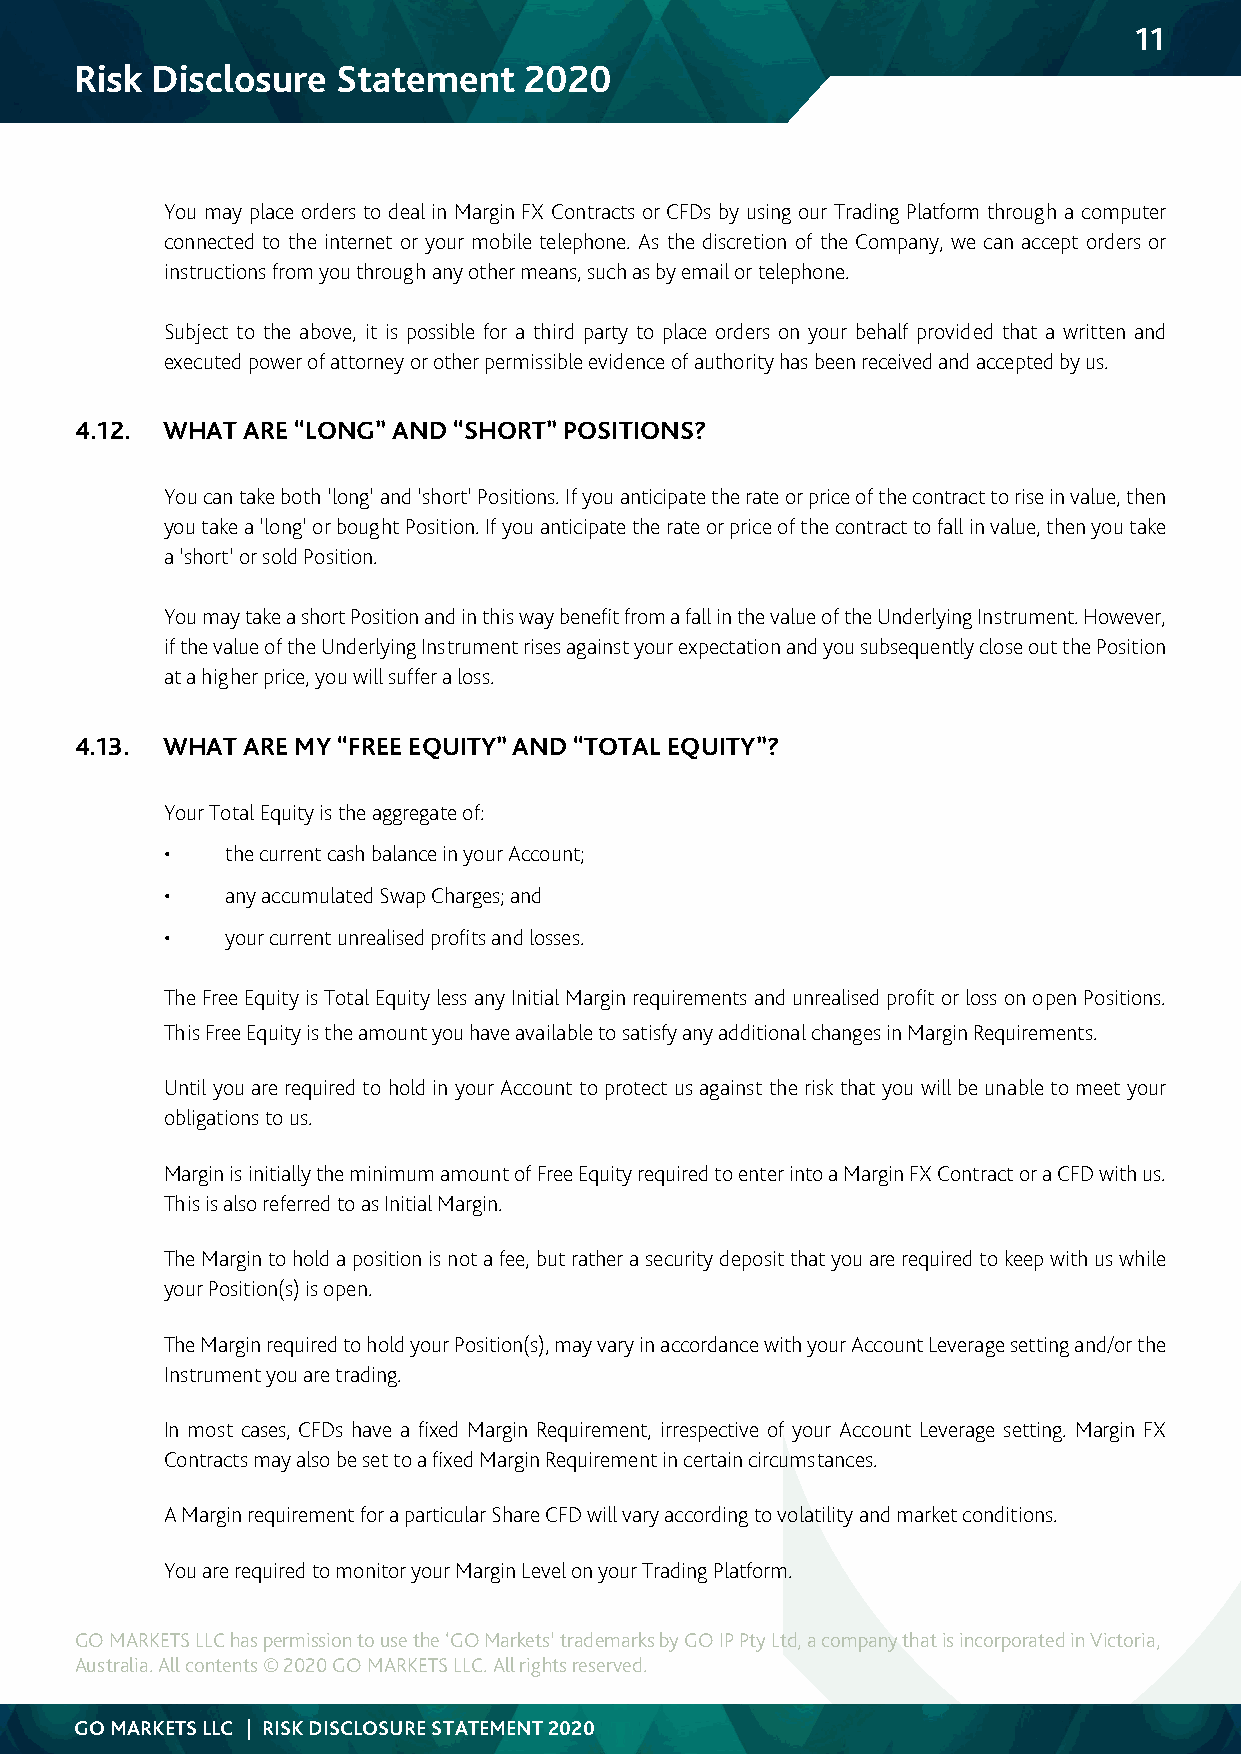
11
 Risk Disclosure  Statement    2020
 You may place orders to deal in Margin FX Contracts or CFDs by using our Trading Platform through a computer
 connected to the internet or your mobile telephone. As the discretion of the Company, we can accept orders or
 instructions from you through any other means, such as by email or telephone.
 Subject to the above, it is possible for a third party to place orders on your behalf provided that a written and
 executed power of attorney or other permissible evidence of authority has been received and accepted by us.
 4.12. WHAT ARE “LONG” AND “SHORT” POSITIONS?
 You can take both ‘long’ and ‘short’ Positions. If you anticipate the rate or price of the contract to rise in value, then
 you take a ‘long’ or bought Position. If you anticipate the rate or price of the contract to fall in value, then you take
 a ‘short’ or sold Position.
 You may take a short Position and in this way benefit from a fall in the value of the Underlying Instrument. However,
 if the value of the Underlying Instrument rises against your expectation and you subsequently close out the Position
 at a higher price, you will suffer a loss.
 4.13. WHAT ARE MY “FREE EQUITY” AND “TOTAL EQUITY”?
 Your Total Equity is the aggregate of:
 •   the current cash balance in your Account;
 •   any accumulated Swap Charges; and
 •   your current unrealised profits and losses.
 The Free Equity is Total Equity less any Initial Margin requirements and unrealised profit or loss on open Positions.
 This Free Equity is the amount you have available to satisfy any additional changes in Margin Requirements.
 Until you are required to hold in your Account to protect us against the risk that you will be unable to meet your
 obligations to us.
 Margin is initially the minimum amount of Free Equity required to enter into a Margin FX Contract or a CFD with us.
 This is also referred to as Initial Margin.
 The Margin to hold a position is not a fee, but rather a security deposit that you are required to keep with us while
 your Position(s) is open.
 The Margin required to hold your Position(s), may vary in accordance with your Account Leverage setting and/or the
 Instrument you are trading.
 In most cases, CFDs have a fixed Margin Requirement, irrespective of your Account Leverage setting. Margin FX
 Contracts may also be set to a fixed Margin Requirement in certain circumstances.
 A Margin requirement for a particular Share CFD will vary according to volatility and market conditions.
 You are required to monitor your Margin Level on your Trading Platform.
 GO MARKETS LLC has permission to use the ‘GO Markets’ trademarks by GO IP Pty Ltd, a company that is incorporated in Victoria,
 Australia. All contents © 2020 GO MARKETS LLC. All rights reserved.
 GO MARKETS LLC | RISK DISCLOSURE STATEMENT 2020